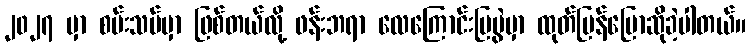
၂၀၂၇ မှာ စမ်းသပ်မှာ ဖြစ်တယ်လို့ ဖန်းဘရာ လေကြောင်းပြပွဲမှာ ထုတ်ပြန်ပြောဆိုခဲ့ပါတယ်။